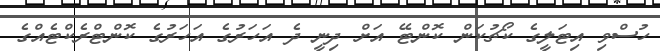
ހުސްވި އިޓަލީގެ ކޯޗުކަން ކޮންޓޭ އަށް ދިނީ ދެ އަހަރުގެ އަހަރުގެ ކޮންޓްރެކްޓެއްގެ